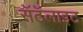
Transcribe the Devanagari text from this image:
सॅटॅलाइट